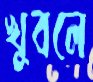
খুবলে